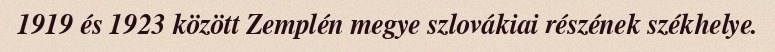
1919 és 1923 között Zemplén megye szlovákiai részének székhelye.